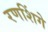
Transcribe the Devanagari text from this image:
रणशिंगे